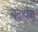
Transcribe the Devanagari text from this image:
यूदावंश